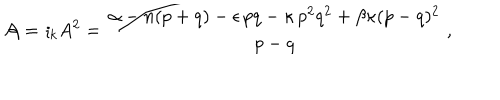
{ \cal A } = { \imath } _ { k } A ^ { 2 } = \frac { \alpha - n ( p + q ) - \epsilon \, p q - \kappa \, p ^ { 2 } q ^ { 2 } + \beta \kappa ( p - q ) ^ { 2 } } { p - q } \, ,